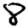
Digit: 8